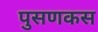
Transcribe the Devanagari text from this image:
पुसणकस